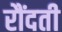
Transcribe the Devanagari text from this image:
रौंदती